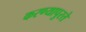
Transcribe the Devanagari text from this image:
करण्यापुरते